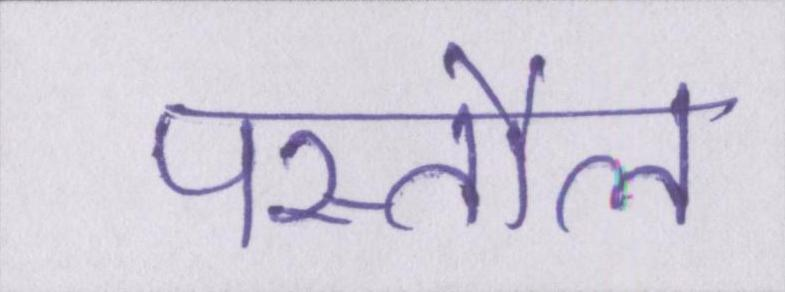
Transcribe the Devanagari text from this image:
पस्तौल